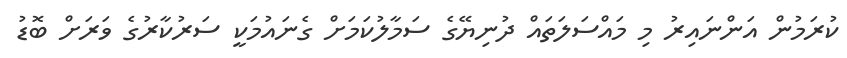
ކުރަމުން އަންނައިރު މި މައްސަލަތައް ދުނިޔޭގެ ސަމާލުކަމަށް ގެނައުމަކީ ސަރުކާރުގެ ވަރަށް ބޮޑު